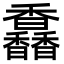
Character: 馫